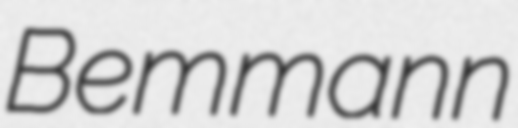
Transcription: Bemmann